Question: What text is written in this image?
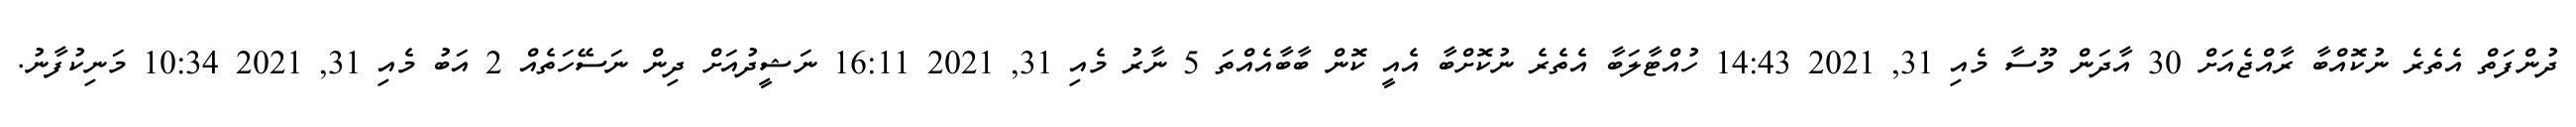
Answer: ދުންފަތް އެތެރެ ނުކޮއްބާ ރާއްޖެއަށް 30 އާދަން މޫސާ މެއި 31, 2021 14:43 ހުއްޓާލަބާ އެތެރެ ނުކޮށްބާ އެއީ ކޮން ބާބާއެއްތަ 5 ނާރު މެއި 31, 2021 16:11 ނަޝީދުއަށް ދިން ނަސޭހަތެއް 2 އަބު މެއި 31, 2021 10:34 މަނިކުފާނު.